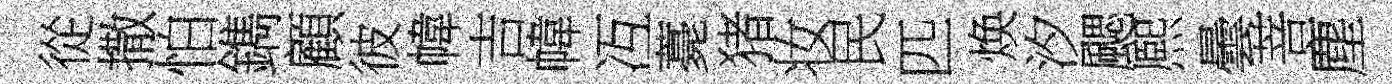
從撒怕鐫顧彼幃吉幃冱薧猪妆民匹焕汐颸熈曇菩塵